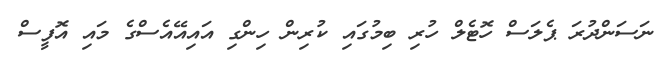
ނަސަންދުރަ ޕެލަސް ހޮޓެލް ހުރި ބިމުގައި ކުރިން ހިންގި އައިއޭއެސްގެ މައި އޮފީސް